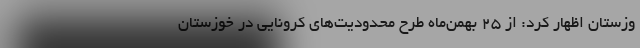
وزستان اظهار کرد: از ۲۵ بهمن‌ماه طرح محدودیت‌های کرونایی در خوزستان